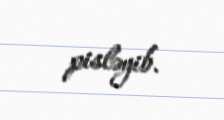
pisləyib.